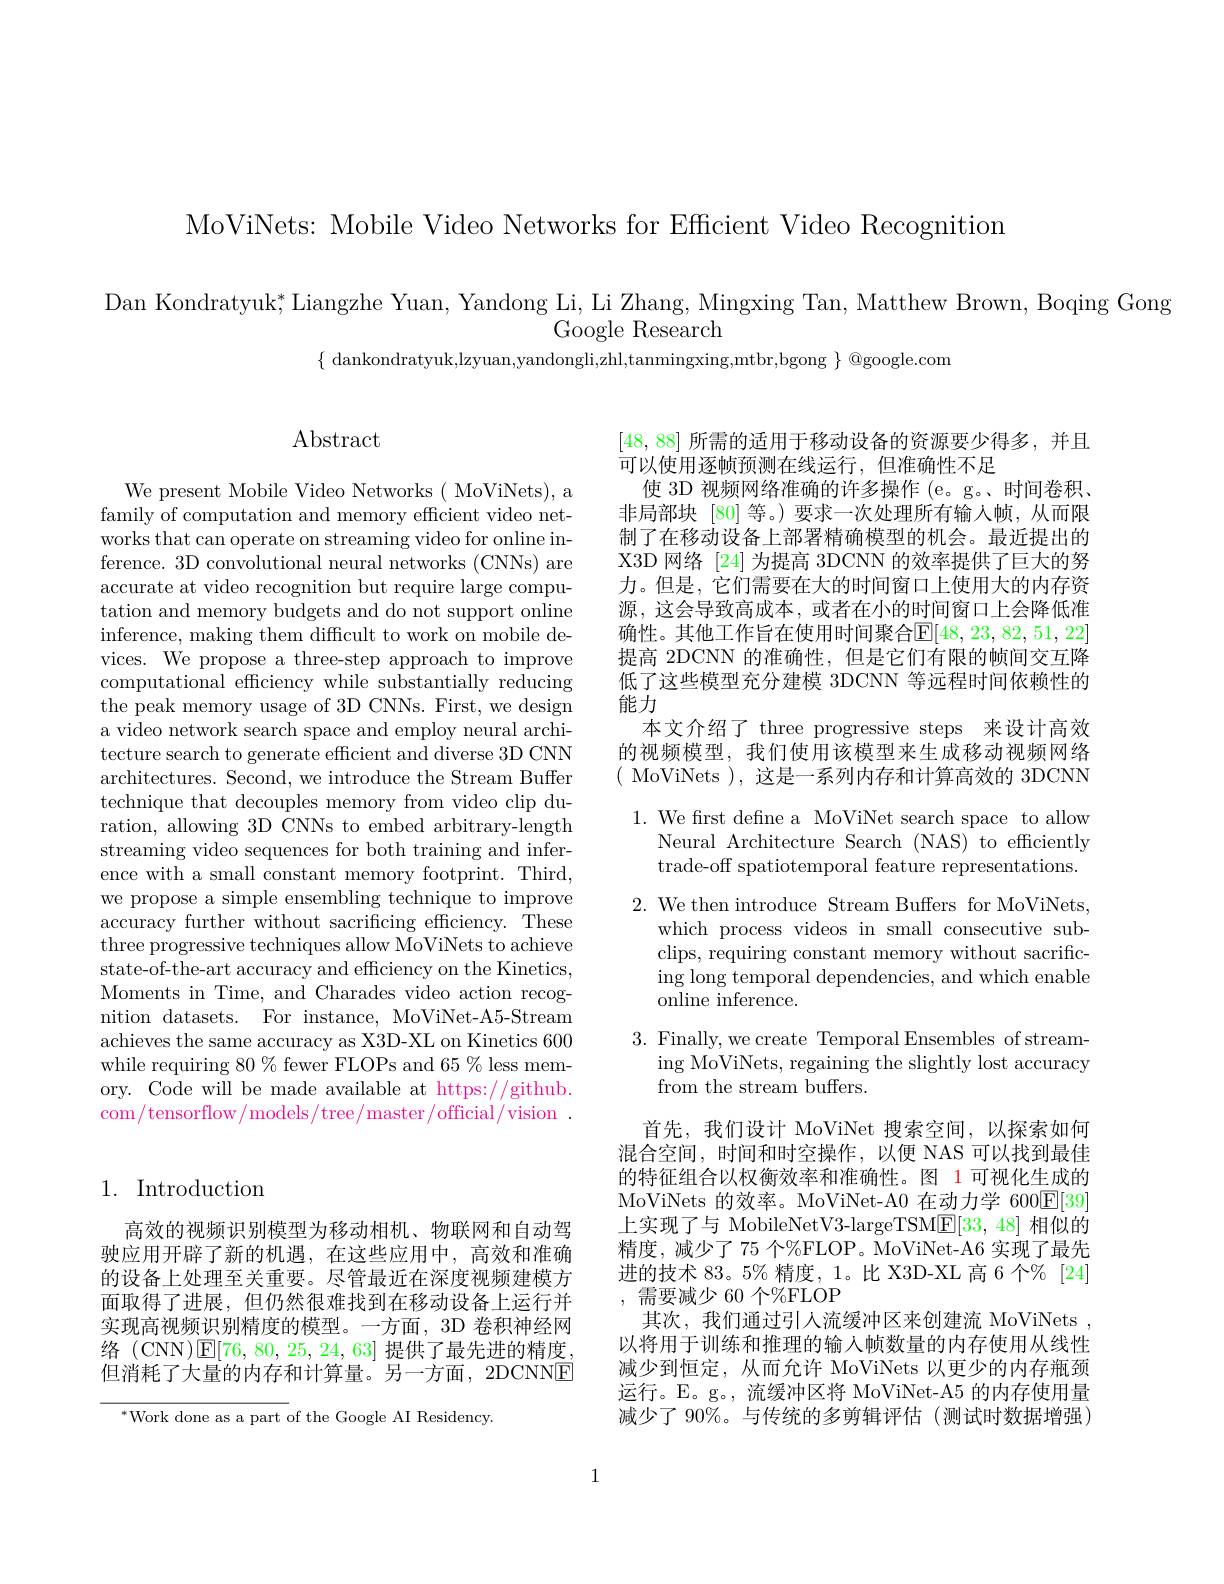
MoViNets: Mobile Video Networks for Efficient Video Recognition

Dan Kondratyuk; Liangzhe Yuan, Yandong Li, Li Zhang, Mingxing Tan, Matthew Brown, Boqing Gong
Google Research

$\{$ dankondratyuk,lzyuan,yandongli,zhl,tanmingxing,mtbr,bgong $\}$ @google.com

## $\operatorname{Abstract}$

We present Mobile Video Networks ( MoViNets), a family of computation and memory efficient video networks that can operate on streaming video for online inference. 3D convolutional neural networks (CNNs) are accurate at video recognition but require large computation and memory budgets and do not support online inference, making them difficult to work on mobile devices. We propose a three-step approach to improve computational efficiency while substantially reducing the peak memory usage of 3D CNNs. First, we design a video network search space and employ neural architecture search to generate efficient and diverse 3D CNN architectures. Second, we introduce the Stream Buffer technique that decouples memory from video clip duration, allowing 3D CNNs to embed arbitrary-length streaming video sequences for both training and inference with a small constant memory footprint. Third, we propose a simple ensembling technique to improve accuracy further without sacrificing efficiency. These three progressive techniques allow MoViNets to achieve state-of-the-art accuracy and efficiency on the Kinetics, Moments in Time, and Charades video action recognition datasets. For instance, MoViNet-A5-Stream achieves the same accuracy as X3D-XL on Kinetics 600 while requiring 80 $\%$ fewer FLOPs and 65 % less memory. Code will be made available at https://github. com/tensorflow/models/tree/master/official/vision.

## 1. Introduction

高效的视频识别模型为移动相机、物联网和自动驾驶应用开辟了新的机遇，在这些应用中，高效和准确的设备上处理至关重要。尽管最近在深度视频建模方面取得了进展，但仍然很难找到在移动设备上运行并实现高视频识别精度的模型。一方面，3D 卷积神经网络 (CNN)$\boxed{\mathrm{E}}[76,80,25,24,63]$提供了最先进的精度。但消耗了大量的内存和计算量。另一方面，2DCNNE

$^*$Work done as a part of the Google AI Residency.

[48, 88]所需的适用于移动设备的资源要少得多，并且
可以使用逐帧预测在线运行，但准确性不足
使 3D 视频网络准确的许多操作 (e。g。、时间卷积、 非局部块 [80] 等。) 要求一次处理所有输入帧，从而限制了在移动设备上部署精确模型的机会。最近提出的X3D 网络 [24] 为提高 3DCNN 的效率提供了巨大的努力。但是，它们需要在大的时间窗口上使用大的内存资源，这会导致高成本，或者在小的时间窗口上会降低准确性。其他工作旨在使用时间聚合$\mathbb{E}[48,23,82,51,22]$ 提高 2DCNN 的准确性，但是它们有限的帧间交互降低了这些模型充分建模 3DCNN 等远程时间依赖性的能力
本文介绍了 three progressive steps 来设计高效的视频模型，我们使用该模型来生成移动视频网络( MoViNets ), 这是一系列内存和计算高效的 3DCNN

1. We frst define a MoViNet search space to allow
Neural Architecture Search (NAS) to efficiently trade-off spatiotemporal feature representations.

2. We then introduce Stream Buffers for MoViNets,
which process videos in small consecutive subclips, requiring constant memory without sacrificing long temporal dependencies, and which enable online inference.

3. Finally, we create Temporal Ensembles of stream-
ing MoViNets, regaining the slightly lost accuracy
from the stream buffers.

首先，我们设计 MoViNet 搜索空间，以探索如何混合空间，时间和时空操作，以便 NAS 可以找到最佳的特征组合以权衡效率和准确性。图 1 可视化生成的MoViNets 的效率。MoViNet-A0 在动力学 600$\boxed{\mathrm{E}[39]}$ 上实现了与 MobileNetV3-largeTSM$\underline{\mathrm{E}}[33,48]$相似的精度，减少了75个%FLOP。MoViNet-A6 实现了最先进的技术 83。5% 精度，1。比 X3D-XL 高 6 个% [24] ,需要减少 60 个%FLOP
其次，我们通过引人流缓冲区来创建流 MoViNets , 以将用于训练和推理的输入帧数量的内存使用从线性减少到恒定，从而允许 MoViNets 以更少的内存瓶颈运行。E。g。,流缓冲区将 MoViNet-A5 的内存使用量减少了 90%。与传统的多剪辑评估 (测试时数据增强)

1